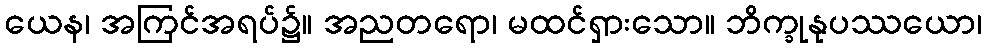
ယေန၊ အကြင်အရပ်၌။ အညတရော၊ မထင်ရှားသော။ ဘိက္ခုနုပဿယော၊